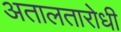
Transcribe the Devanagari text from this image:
अतालतारोधी